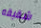
شقيقه